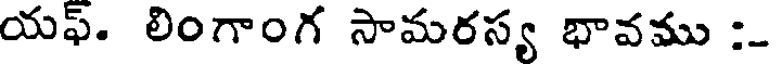
యఫ్. లింగాంగ సామరస్య భావము :_